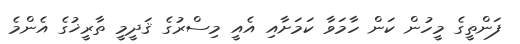
ފަންތީގެ މީހުން ކަން ހާމަވާ ކަމަށާއި އެއީ މިސްރުގެ ޤަދީމީ ތާރީޚުގެ އެންމެ